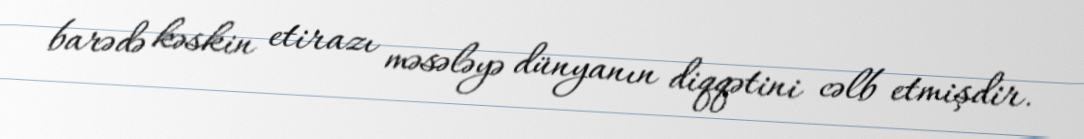
barədə kəskin etirazı məsələyə dünyanın diqqətini cəlb etmişdir.